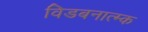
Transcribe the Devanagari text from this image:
विडबनात्म्क